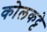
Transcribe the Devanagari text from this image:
कोलकट्टे